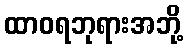
ထာဝရဘုရားအဘို့